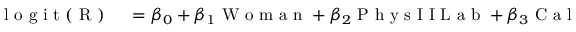
\begin{array} { r l } { \mathrm { ~ l ~ o ~ g ~ i ~ t ~ ( ~ R ~ ) ~ } } & { { } = \beta _ { 0 } + \beta _ { 1 } \mathrm { ~ W ~ o ~ m ~ a ~ n ~ } + \beta _ { 2 } \mathrm { ~ P ~ h ~ y ~ s ~ I ~ I ~ L ~ a ~ b ~ } + \beta _ { 3 } \mathrm { ~ C ~ a ~ l ~ c ~ E ~ n ~ g ~ r ~ } } \end{array}